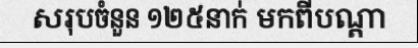
សរុបចំនួន ១២៥នាក់ មកពីបណ្តា